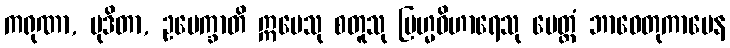
ကရုဏာ, မုဒိတာ, ဥပေက္ခာတိ ဣမေသု စတူသု ဗြဟ္မဝိဟာရေသု မေတ္တံ ဘာဝေတုကာမေန